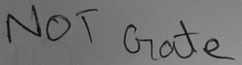
Text: NOT Gate